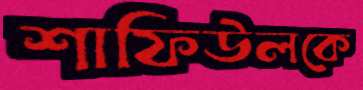
শাফিউলকে